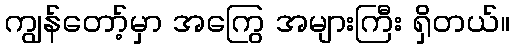
ကျွန်တော့်မှာ အကြွေ အများကြီး ရှိတယ်။